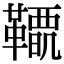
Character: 𩍋